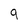
Character: 9